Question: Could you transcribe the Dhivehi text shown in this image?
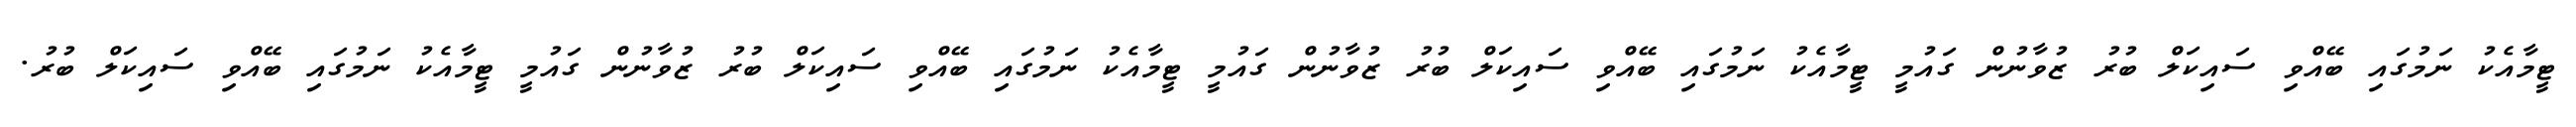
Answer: ޓީމާއެކު ނަމުގައި ބޭއްވި ސައިކަލް ބުރު ޒުވާނުން ގައުމީ ޓީމާއެކު ނަމުގައި ބޭއްވި ސައިކަލް ބުރު ޒުވާނުން ގައުމީ ޓީމާއެކު ނަމުގައި ބޭއްވި ސައިކަލް ބުރު ޒުވާނުން ގައުމީ ޓީމާއެކު ނަމުގައި ބޭއްވި ސައިކަލް ބުރު.